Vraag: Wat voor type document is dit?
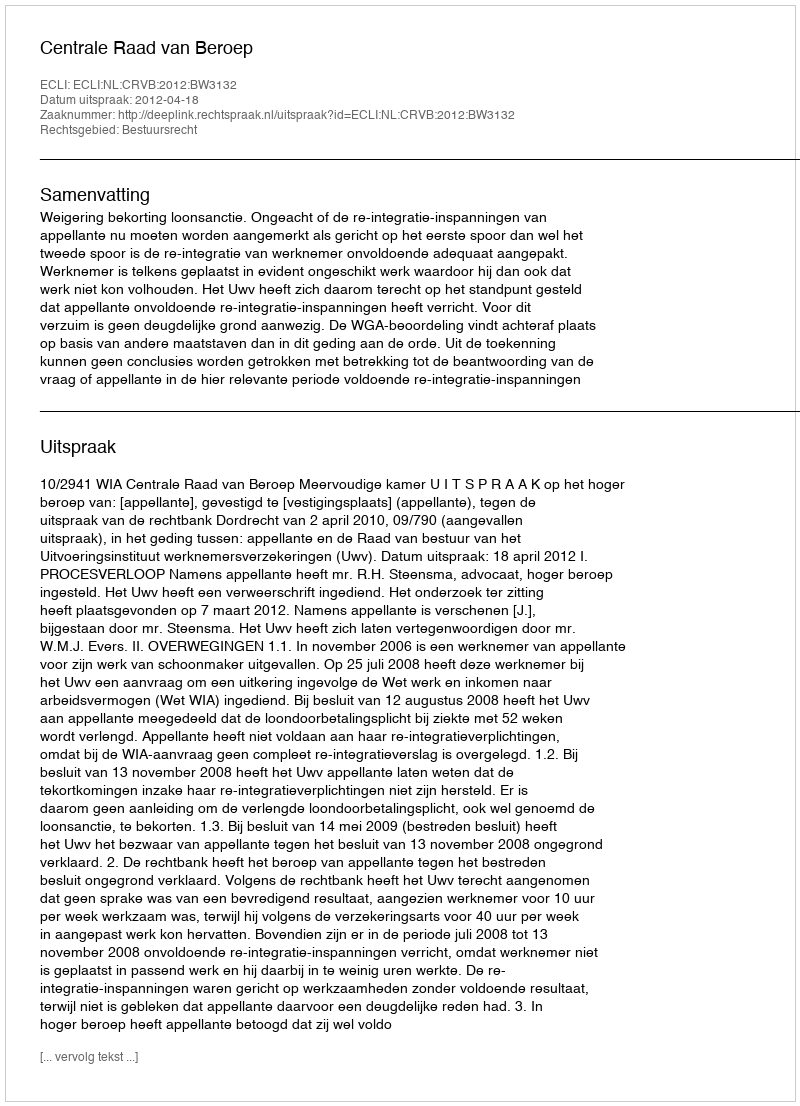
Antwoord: Uitspraak